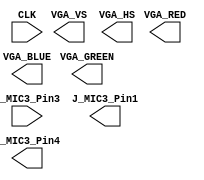
`timescale 1ns / 1ps
//////////////////////////////////////////////////////////////////////////////////
// National University of Singapore
// Department of Electrical and Computer Engineering
// EE2026 Digital Design
// AY1819 Semester 1
// Project: Voice Scope
//////////////////////////////////////////////////////////////////////////////////

module Voice_Scope_TOP(
    input CLK,
    
    input  J_MIC3_Pin3,   // PmodMIC3 audio input data (serial)
    output J_MIC3_Pin1,   // PmodMIC3 chip select, 20kHz sampling clock
    output J_MIC3_Pin4,   // PmodMIC3 serial clock (generated by module VoiceCapturer.v)
   
    output [3:0] VGA_RED,    // RGB outputs to VGA connector (4 bits per channel gives 4096 possible colors)
    output [3:0] VGA_GREEN,
    output [3:0] VGA_BLUE,
    
    output VGA_VS,          // horizontal & vertical sync outputs to VGA connector
    output VGA_HS
    );
       
   
      
       
//-----------------------------------------------------------------------------
//                  STUDENT A - MIC
//-----------------------------------------------------------------------------

       
       
    
// Please create a clock divider module to generate a 20kHz clock signal. 
// Instantiate it below
    

   
       
// Please instantiate the voice capturer module below
   





//-----------------------------------------------------------------------------
//                  STUDENT B - VGA
//-----------------------------------------------------------------------------

    wire [11:0] VGA_HORZ_COORD;
    wire [11:0] VGA_VERT_COORD; 
    
// Please instantiate the waveform drawer module below
    
    wire [3:0] VGA_Red_waveform;
    wire [3:0] VGA_Green_waveform;
    wire [3:0] VGA_Blue_waveform;
    wire [9:0] wave_sample; 
    
    
    

// Please instantiate the background drawing module below   
    wire [3:0] VGA_Red_grid;
    wire [3:0] VGA_Green_grid;
    wire [3:0] VGA_Blue_grid;
    
   
    
// Please instantiate the VGA display module below     
     
     
     
     
     
                    
endmodule